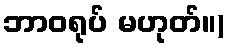
ဘာဝရုပ် မဟုတ်။)